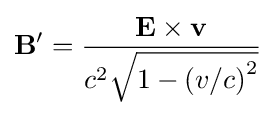
\mathbf {B} '={\frac {\mathbf {E} \times \mathbf {v} }{c^{2}{\sqrt {1-\left(v/c\right)^{2}}}}}